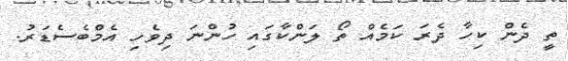
ތީ ދެން ކިހާ ދެރަ ކަމެއް ތޯ ލަންކާގައި ހުންނަ ދިވެހި އެމްބެސެޑަރު.